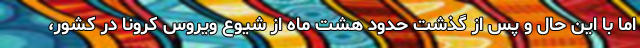
اما با این حال و پس از گذشت حدود هشت ماه از شیوع ویروس کرونا در کشور،